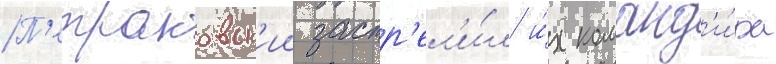
П'етраковск'ии застр'ел'и́л и́х команд'и́ра